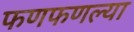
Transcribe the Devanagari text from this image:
फणफणल्या